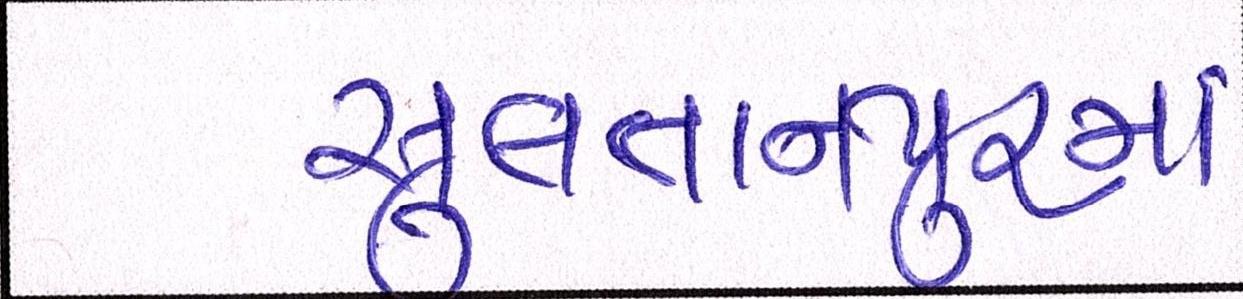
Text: સુલતાનપુરમાં